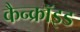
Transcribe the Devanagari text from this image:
कैन्क्रॉइड